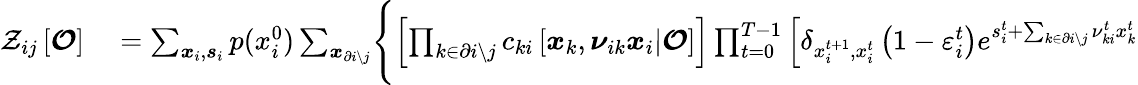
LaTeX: \begin{array}{rl}{\mathcal{Z}_{ij}\left[\boldsymbol{\mathcal{O}}\right]}&{{}=\sum_{\boldsymbol{x}_{i},\boldsymbol{s}_{i}}p(x_{i}^{0})\sum_{\boldsymbol{x}_{\partial i\setminus j}}\Biggl\{ \left[\prod_{k\in\partial i\setminus j}c_{ki}\left[\boldsymbol{x}_{k},\boldsymbol{\nu}_{ik}\boldsymbol{x}_{i}|\boldsymbol{\mathcal{O}}\right]\right]\prod_{t=0}^{T-1}\left[\delta_{x_{i}^{t+1},x_{i}^{t}}\left(1-\varepsilon_{i}^{t}\right)e^{s_{i}^{t}+\sum_{k\in\partial i\setminus j}\nu_{ki}^{t}x_{k}^{t}}\right.}\end{array}